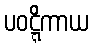
ပဝဋ္ဋိကာယ